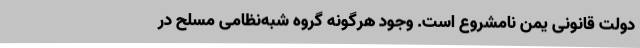
دولت قانونی یمن نامشروع است. وجود هرگونه گروه‌ شبه‌نظامی مسلح در